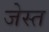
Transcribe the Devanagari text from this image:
जेस्त